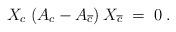
LaTeX: \begin{align*}X_c\; (A_c - A_{\overline{c}}) \: X_{\overline{c}} \;=\; 0\;.\end{align*}